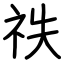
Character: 祑